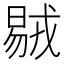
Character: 𣉝